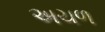
અચળ